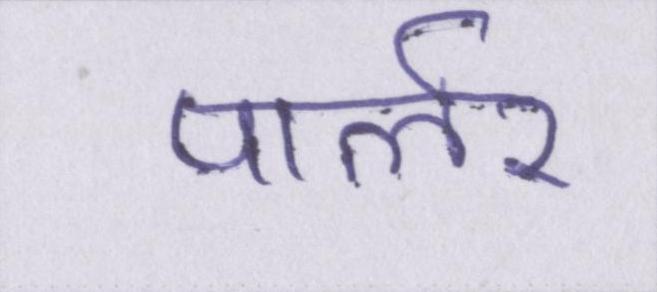
पार्लर